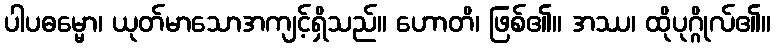
ပါပဓမ္မော၊ ယုတ်မာသောအကျင့်ရှိသည်။ ဟောတိ၊ ဖြစ်၏။ အဿ၊ ထိုပုဂ္ဂိုလ်၏။